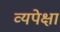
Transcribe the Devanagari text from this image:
व्यपेक्षा